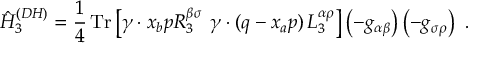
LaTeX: \hat { H } _ { 3 } ^ { ( D H ) } = \frac { 1 } { 4 } \, \mathrm { T r } \left[ \gamma \cdot x _ { b } p R _ { 3 } ^ { \beta \sigma } \right. \left. \gamma \cdot ( q - x _ { a } p ) \, L _ { 3 } ^ { \alpha \rho } \right] \left( - g _ { \alpha \beta } \right) \left( - g _ { \sigma \rho } \right) \ .